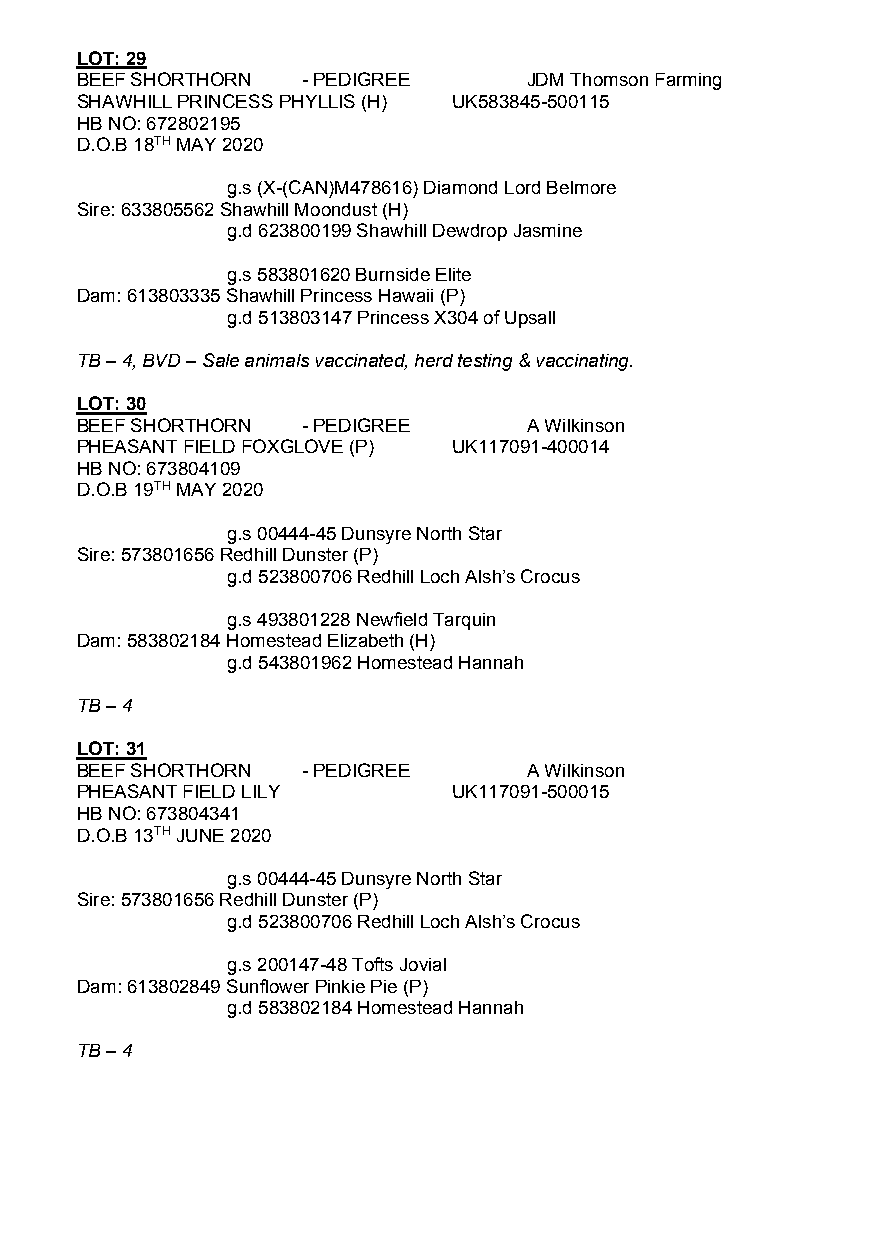
LOT: 29
 BEEF SHORTHORN - PEDIGREE     JDM Thomson Farming
 SHAWHILL PRINCESS PHYLLIS (H) UK583845-500115
 HB NO: 672802195
 D.O.B 18TH MAY 2020
 g.s (X-(CAN)M478616) Diamond Lord Belmore
 Sire: 633805562 Shawhill Moondust (H)
 g.d 623800199 Shawhill Dewdrop Jasmine
 g.s 583801620 Burnside Elite
 Dam: 613803335 Shawhill Princess Hawaii (P)
 g.d 513803147 Princess X304 of Upsall
 TB – 4, BVD – Sale animals vaccinated, herd testing & vaccinating.
 LOT: 30
 BEEF SHORTHORN - PEDIGREE     A Wilkinson
 PHEASANT FIELD FOXGLOVE (P) UK117091-400014
 HB NO: 673804109
 D.O.B 19TH MAY 2020
 g.s 00444-45 Dunsyre North Star
 Sire: 573801656 Redhill Dunster (P)
 g.d 523800706 Redhill Loch Alsh’s Crocus
 g.s 493801228 Newfield Tarquin
 Dam: 583802184 Homestead Elizabeth (H)
 g.d 543801962 Homestead Hannah
 TB – 4
 LOT: 31
 BEEF SHORTHORN - PEDIGREE     A Wilkinson
 PHEASANT FIELD LILY      UK117091-500015
 HB NO: 673804341
 D.O.B 13TH JUNE 2020
 g.s 00444-45 Dunsyre North Star
 Sire: 573801656 Redhill Dunster (P)
 g.d 523800706 Redhill Loch Alsh’s Crocus
 g.s 200147-48 Tofts Jovial
 Dam: 613802849 Sunflower Pinkie Pie (P)
 g.d 583802184 Homestead Hannah
 TB – 4